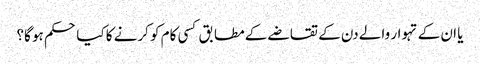
یا ان کے تہوار والے دن کے تقاضے کے مطابق کسی کام کو کرنے کا کیا حکم ہو گا؟